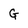
Character: G